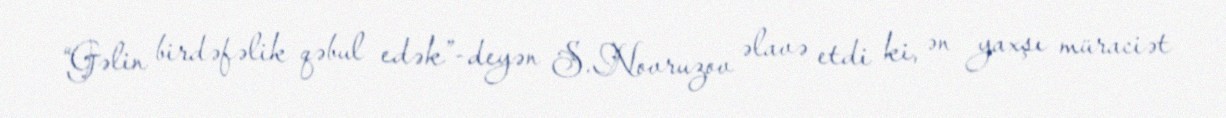
“Gəlin birdəfəlik qəbul edək”-deyən S.Novruzov əlavə etdi ki, ən yaxşı müraciət